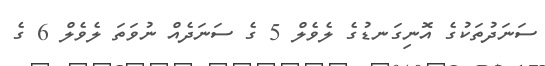
ސަނަދުތަކުގެ އޮނިގަނޑުގެ ލެވެލް 5 ގެ ސަނަދެއް ނުވަތަ ލެވެލް 6 ގެ